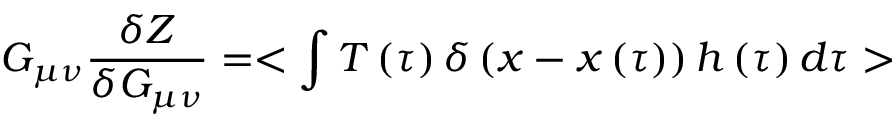
G _ { \mu \nu } { \frac { \delta Z } { \delta G _ { \mu \nu } } } = < \int { T \left( \tau \right) \delta \left( x - x \left( \tau \right) \right) h \left( \tau \right) d \tau } >